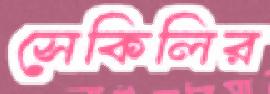
সেকিলির